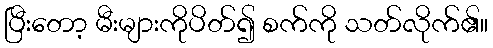
ပြီးတော့ မီးများကိုပိတ်၍ စက်ကို သတ်လိုက်၏။